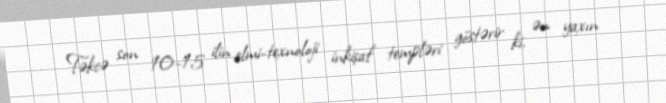
Təkcə son 10-15 ilin elmi-texnoloji inkişaf templəri göstərir ki, ən yaxın